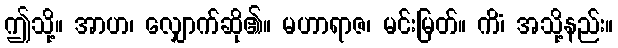
ဤသို့။ အာဟ၊ လျှောက်ဆို၏။ မဟာရာဇ၊ မင်းမြတ်။ ကိံ၊ အသို့နည်း။